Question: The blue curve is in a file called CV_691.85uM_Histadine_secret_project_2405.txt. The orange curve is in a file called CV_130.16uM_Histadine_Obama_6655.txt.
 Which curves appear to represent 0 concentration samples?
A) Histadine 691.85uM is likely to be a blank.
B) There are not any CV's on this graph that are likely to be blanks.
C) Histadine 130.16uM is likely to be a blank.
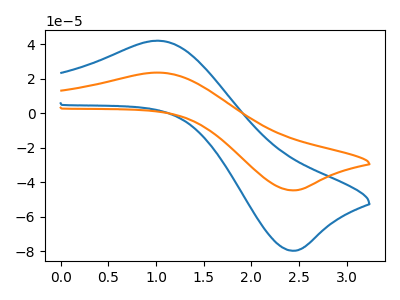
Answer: <think>The blue curve "Histadine 691.85uM" has an anodic peak at (1.05V, 42.05uA) and a cathodic peak at (2.40V, -79.60uA). The orange curve "Histadine 130.16uM" has an anodic peak at (1.05V, 23.55uA) and a cathodic peak at (2.40V, -44.60uA).</think>
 <answer>B) There are not any CV's on this graph that are likely to be blanks.</answer>
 <eval>B</eval>